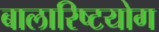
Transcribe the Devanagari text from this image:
बालारिष्टयोग